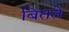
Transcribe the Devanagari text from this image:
बितते